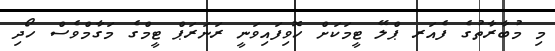
މި މުބާރާތުގެ ފެއަރ ޕްލޭ ޓީމަކަށް ހޮވިފައިވަނީ ރަނަރަޕް ޓީމްގެ މަގާމްވެސް ހޯދި